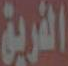
الفريق